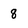
Character: 8